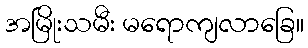
အမြိုးသမီး မရောကျလာခြေ။